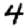
Digit: 4